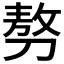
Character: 𠞪